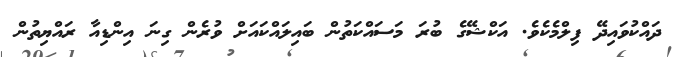
ދައްކުވައިދޭ ފިލްމެކެވެ. އަކްޝޭގެ ބުރަ މަސައްކަތުން ބައިލައްކައަށް ވުރެން ގިނަ އިންޑިއާ ރައްޔިތުން